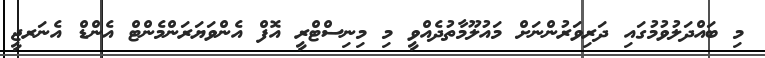
މި ބައްދަލުވުމުގައި ދަރިވަރުންނަށް މައުލޫމާތުދެއްވީ މި މިނިސްޓްރީ އޮފް އެންވަޔަރަންމެންޓް އެންޑް އެނަރޖީ